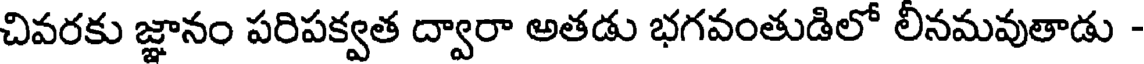
చివరకు జ్ఞానం పరిపక్వత ద్వారా అతడు భగవంతుడిలో లీనమవుతాడు -